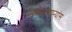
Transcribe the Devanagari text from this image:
सर्वसामान्यांस